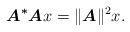
LaTeX: \begin{align*} \boldsymbol{A^*A} x = \|\boldsymbol{A}\|^2 x.\end{align*}